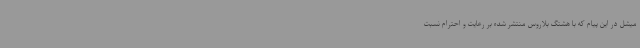
میشل در این پیام که با هشتگ بلاروس منتشر شده بر رعایت و احترام نسبت